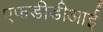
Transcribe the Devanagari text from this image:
एफडीडीआई